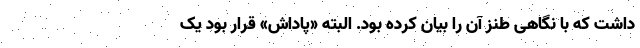
داشت که با نگاهی طنز آن را بیان کرده بود. البته «پاداش» قرار بود یک